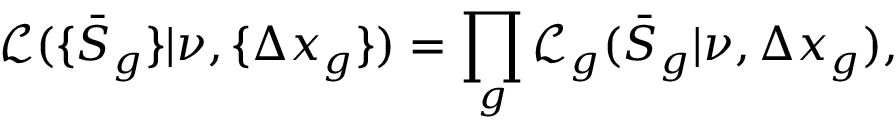
\mathcal { L } ( \{ \bar { S } _ { g } \} | \nu , \{ \Delta x _ { g } \} ) = \prod _ { g } \mathcal { L } _ { g } ( \bar { S } _ { g } | \nu , \Delta x _ { g } ) ,